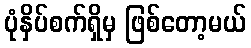
ပုံနှိပ်စက်ရှိမှ ဖြစ်တော့မယ်